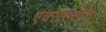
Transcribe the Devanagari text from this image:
एक्ससाईट